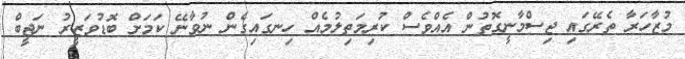
މުޒާހަރާ ތެރޭގައި ޖިސްމާނީގޮތުން އެއްވެސް ކުރިމަތިލުމެއް ހިނގައިގެން ނުވާނޭ ކަމަށް ބޮޑުވަޒީރު ނަޖީބް